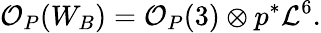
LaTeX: {\mathcal O}_{P}(W_{B})={\mathcal O}_{P}(3)\otimes p^{*}{\mathcal L}^{6}.